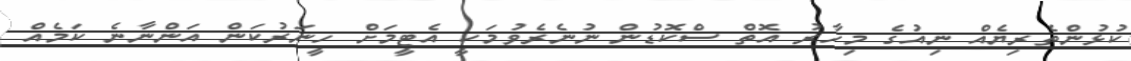
ކުޅުންތެރިޔެއް ނިއުގެ މިހާރު އޮތް ސްކޮޑުން ނުނެރެވުމަކީ އެޓީމަށް ހީނަރުކަން އަންނާނެ ކަމެއް